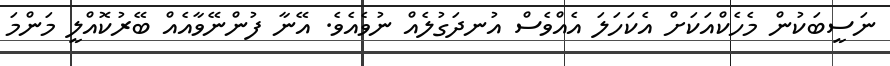
ނަސީބަކުން މެހެކްއަކަށް އެކަހަލަ އެއްވެސް އުނދަގުލެއް ނުވެއެވެ. އޭނާ ފުންނޭވާއެއް ބޭރުކޮއްލީ މަންމަ